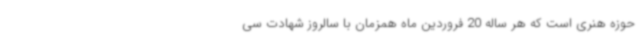
حوزه هنری است که هر ساله 20 فروردین ماه همزمان با سالروز شهادت سی